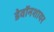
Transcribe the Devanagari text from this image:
डेवॉनशायर